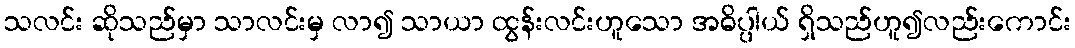
သလင်း ဆိုသည်မှာ သာလင်းမှ လာ၍ သာယာ ထွန်းလင်းဟူသော အဓိပ္ပါယ် ရှိသည်ဟူ၍လည်းကောင်း